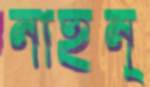
নাইন্